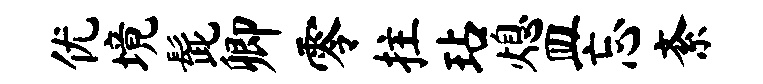
优境髭卿零拄玷熄皿忘紊